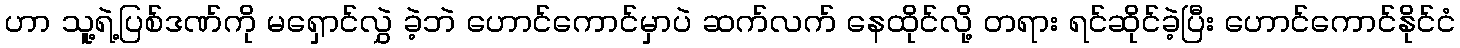
ဟာ သူ့ရဲ့ပြစ်ဒဏ်ကို မရှောင်လွှဲ ခဲ့ဘဲ ဟောင်ကောင်မှာပဲ ဆက်လက် နေထိုင်လို့ တရား ရင်ဆိုင်ခဲ့ပြီး ဟောင်ကောင်နိုင်ငံ